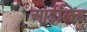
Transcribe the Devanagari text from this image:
आईलिड